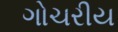
ગોચરીય